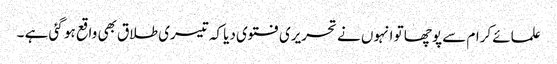
علمائے کرام سے پوچھا تو انہوں نے تحریری فتوی دیا کہ تیسری طلاق بھی واقع ہو گئی ہے ۔